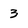
Character: 3